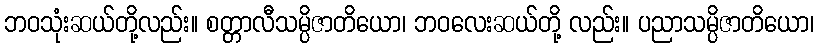
ဘဝသုံးဆယ်တို့လည်း။ စတ္တာလီသမ္ပိဇာတိယော၊ ဘဝလေးဆယ်တို့ လည်း။ ပညာသမ္ပိဇာတိယော၊